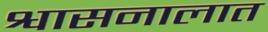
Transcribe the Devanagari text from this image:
श्वासनालात